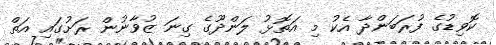
ކޮވިޑުގެ ފުރަބަންދާ އެކު މި އަތޮޅު ލަންދޫގެ ގިނަ ޒުވާނުން ރަށުގައި އަތް